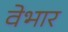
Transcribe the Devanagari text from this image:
वेभार